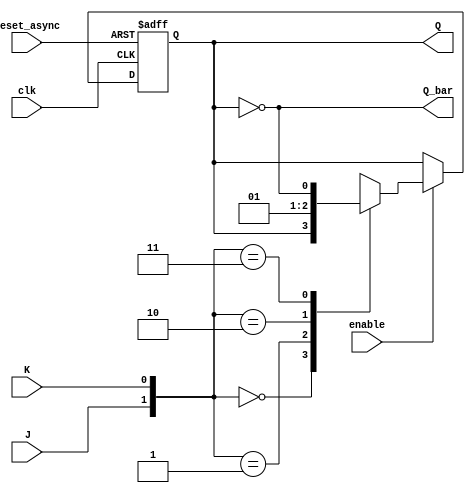
module JK_FF_Advanced (
    input wire J,         // Entrada J
    input wire K,         // Entrada K
    input wire clk,       // Reloj
    input wire reset_async,  // Reset asincrnico
    input wire enable,    // Seal de habilitacin
    output reg Q,        // Salida Q
    output wire Q_bar     // Salida Q_bar
);
// Asignamos el valor de Q_bar como el complemento de Q
    assign Q_bar = ~Q;

    always @(posedge clk or posedge reset_async) begin
        if (reset_async) begin
            Q <= 1'b0;   // Reset asincrnico, establece Q a 0
        end else if (enable) begin
            case ({J, K})
                2'b00: Q <= Q;   // No change
                2'b01: Q <= 1'b0;  // Reset
                2'b10: Q <= 1'b1;  // Set
                2'b11:Q <= ~Q;  // Toggle
                default: Q <= Q;  // Default case (redundante)
            endcase
        end
    end
endmodule


/* OTRO CASO EXPLICITANDO MAS Q_BAR:

   always @(posedge clk or posedge reset_async) begin
        if (reset_async) begin
            Q <= 1'b0;   // Reset asincrnico, establece Q a 0
            Q_bar <= 1'b1; // Reset asincrnico, establece Q_bar a 1
        end else if (enable) begin
            case ({J, K})
                2'b00: begin  // No change
                    Q <= Q;
                    Q_bar <= Q_bar;
                end
                2'b01: begin  // Reset
                    Q <= 1'b0;
                    Q_bar <= 1'b1;
                end
                2'b10: begin  // Set
                    Q <= 1'b1;
                    Q_bar <= 1'b0;
                end
                2'b11: begin  // Toggle
                    Q <= ~Q;
                    Q_bar <= ~Q_bar;
                end
            endcase
        end
    end

*/